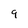
Character: 9